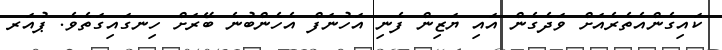
ކައިގެންއެތެރެއަށް ވަދެގެން އައި ޔަޒިން ފެނި އަހުނަފް އެހެންބުނެ ބޭރަށް ހިނގައިގަތެވެ. ޕުއަރ